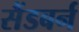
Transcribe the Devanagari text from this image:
सैंडबर्न